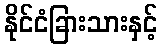
နိုင်ငံခြားသားနှင့်